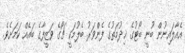
އެއާލައިނުން ބުނީ ބޯޓުގެ ޚިދުމަތުގެ ފެންވަރު ބެލުމަކީ ޗޯގެ ވަޒީފާގެ ބައެއް ކަމަށެވެ.